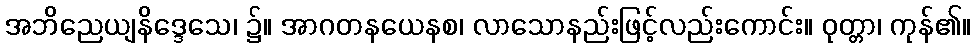
အဘိညေယျနိဒ္ဒေသေ၊ ၌။ အာဂတနယေနစ၊ လာသောနည်းဖြင့်လည်းကောင်း။ ဝုတ္တာ၊ ကုန်၏။